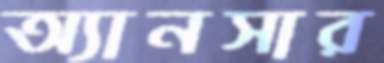
অ্যানসার